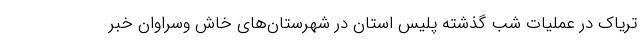
تریاک در عملیات شب گذشته پلیس استان در شهرستان‌های خاش وسراوان خبر